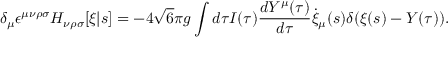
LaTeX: \delta _ { \mu } \epsilon ^ { \mu \nu \rho \sigma } H _ { \nu \rho \sigma } [ \xi | s ] = - 4 \sqrt { 6 } \pi g \int d \tau I ( \tau ) \frac { d Y ^ { \mu } ( \tau ) } { d \tau } \dot { \xi } _ { \mu } ( s ) \delta ( \xi ( s ) - Y ( \tau ) ) .